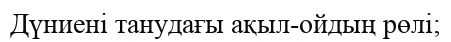
Дүниені танудағы ақыл-ойдың рөлі;